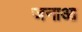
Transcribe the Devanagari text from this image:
जनाआ